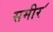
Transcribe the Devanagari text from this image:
समीर॔